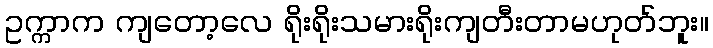
ဥက္ကာက ကျတော့လေ ရိုးရိုးသမားရိုးကျတီးတာမဟုတ်ဘူး။